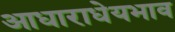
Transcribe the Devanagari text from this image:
आधाराधेयभाव